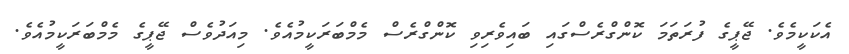
އެކަކީމެވެ. ޖޭޕީގެ ފުރަތަމަ ކޮންގްރެސްގައި ބައިވެރިވި ކޮންގްރެސް މެމްބަރަކީމުއެވެ. މިއަދުވެސް ޖޭޕީގެ މެމްބަރަކީމުއެވެ.